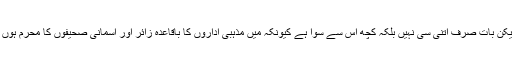
لیکن بات صرف اتنی سی نہیں بلکہ کچھ اس سے سوا ہے کیونکہ میں مذہبی اداروں کا باقاعدہ زائر اور آسمانی صحیفوں کا محرم ہوں ۔